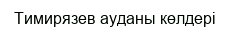
Тимирязев ауданы көлдері